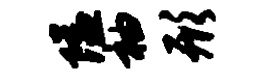
隘袖形